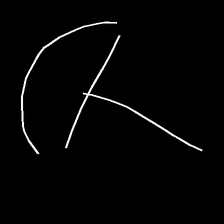
Glyph: dispersion